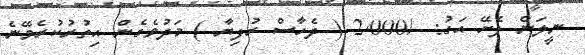
ނީލަން ފެށޭ އަގު: -/2